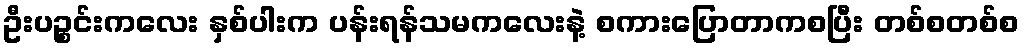
ဦးပဉ္စင်းကလေး နှစ်ပါးက ပန်းရန်သမကလေးနဲ့ စကားပြောတာကစပြီး တစ်စတစ်စ